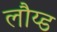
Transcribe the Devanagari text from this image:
लौय्ड